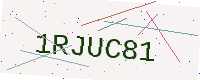
Text: 1RJUC81